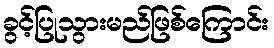
ခွင့်ပြုသွားမည်ဖြစ်ကြောင်း